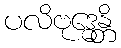
ပလိဗုဒ္ဓေန္တိ